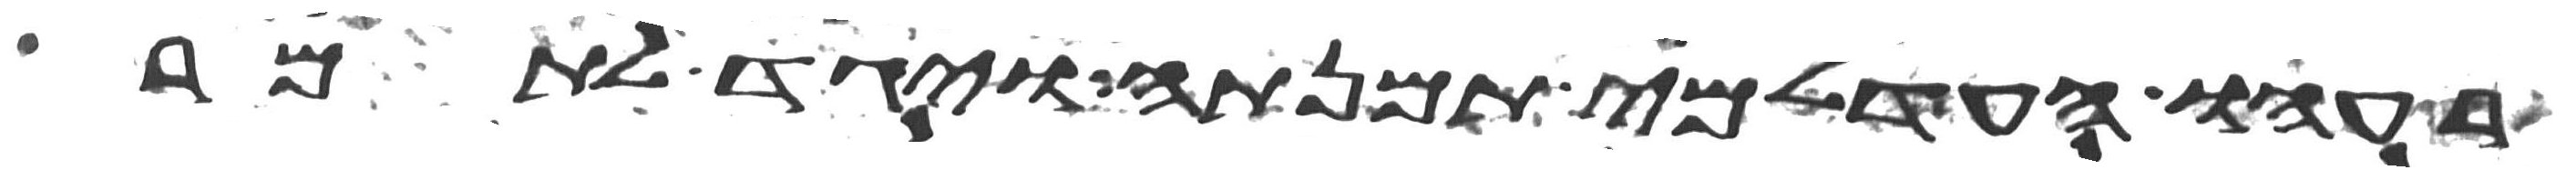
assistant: רעהו העדלמי תמנתה ויגד לתמר